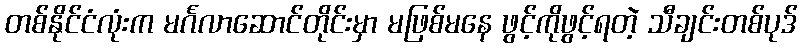
တစ်နိုင်ငံလုံးက မင်္ဂလာဆောင်တိုင်းမှာ မဖြစ်မနေ ဖွင့်ကိုဖွင့်ရတဲ့ သီချင်းတစ်ပုဒ်